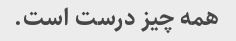
همه چیز درست است.